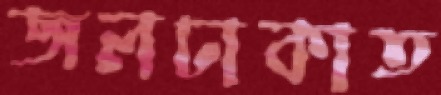
জলঢাকাত